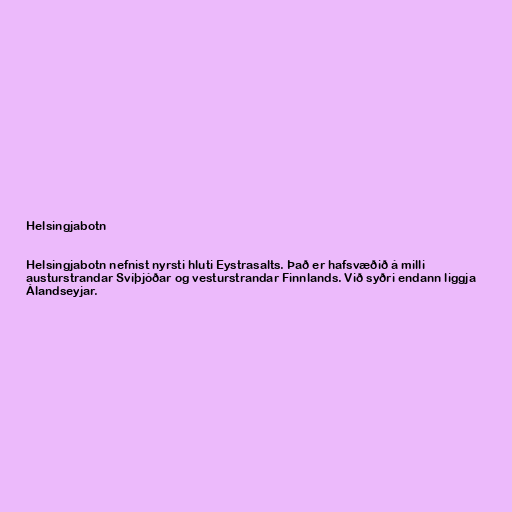
Helsingjabotn

Helsingjabotn nefnist nyrsti hluti Eystrasalts. Það er hafsvæðið á milli
austurstrandar Svíþjóðar og vesturstrandar Finnlands. Við syðri endann liggja
Álandseyjar.